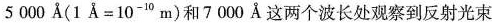
5000A(1A=10^{-10}m)和7000A这两个波长处观察到反射光束